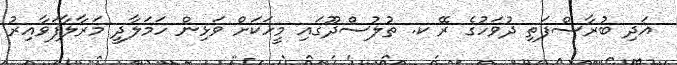
އަދި ބުރާސްފަތި ދުވަހުގެ ރޭ ކ. ތުލުސްދޫގައި މީހަކަށް ވަޅިން ހަމަލާދީ މަރާލާފަވާއިރު